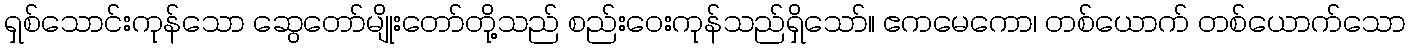
ရှစ်သောင်းကုန်သော ဆွေတော်မျိုးတော်တို့သည် စည်းဝေးကုန်သည်ရှိသော်။ ဧကမေကော၊ တစ်ယောက် တစ်ယောက်သော